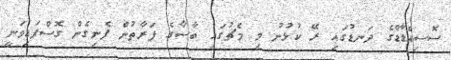
ސޮސިއެޑާޑްގެ ދަނޑުގައި ރޭ ކުޅުނު މި މެޗުގައި ބާސާގެ ފަރާތުން ފެނިގެން ގޮސްފައިވަނީ